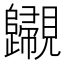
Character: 𧢫